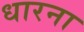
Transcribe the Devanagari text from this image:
धारना